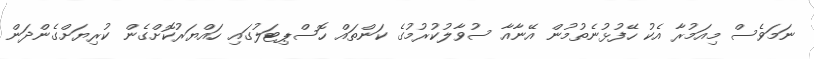
ނަމަވެސް މިއަމުރާ އެކު ހޭފުޅުނެތުމުން އޭނާއާ ސުވާލުކުރުމުގެ ކަންތައް ހޮސްޕިޓަލުގައި ހައްޔަރުކޮށްގެން ކުރިޔަށްގެންދަން